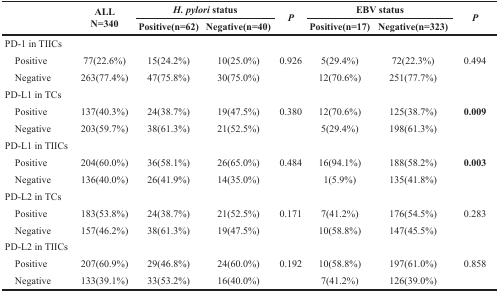
<table><thead><tr><td rowspan="2"></td><td rowspan="2"><b>ALL N=340</b></td><td colspan="2"><b><i>H. pylori status</i></b></td><td rowspan="2"><b><i>P</i></b></td><td colspan="2"><b>EBV status</b></td><td rowspan="2"><b><i>P</i></b></td></tr><tr><td><b>Positive(n=62)</b></td><td><b>Negative(n=40)</b></td><td><b>Positive(n=17)</b></td><td><b>Negative(n=323)</b></td></tr></thead><tbody><tr><td>PD-1 in TIICs</td><td></td><td></td><td></td><td></td><td></td><td></td><td></td></tr><tr><td> Positive</td><td>77(22.6%)</td><td>15(24.2%)</td><td>10(25.0%)</td><td>0.926</td><td>5(29.4%)</td><td>72(22.3%)</td><td>0.494</td></tr><tr><td> Negative</td><td>263(77.4%)</td><td>47(75.8%)</td><td>30(75.0%)</td><td></td><td>12(70.6%)</td><td>251(77.7%)</td><td></td></tr><tr><td>PD-L1 in TCs</td><td></td><td></td><td></td><td></td><td></td><td></td><td></td></tr><tr><td> Positive</td><td>137(40.3%)</td><td>24(38.7%)</td><td>19(47.5%)</td><td>0.380</td><td>12(70.6%)</td><td>125(38.7%)</td><td><b>0.009</b></td></tr><tr><td> Negative</td><td>203(59.7%)</td><td>38(61.3%)</td><td>21(52.5%)</td><td></td><td>5(29.4%)</td><td>198(61.3%)</td><td></td></tr><tr><td>PD-L1 in TIICs</td><td></td><td></td><td></td><td></td><td></td><td></td><td></td></tr><tr><td> Positive</td><td>204(60.0%)</td><td>36(58.1%)</td><td>26(65.0%)</td><td>0.484</td><td>16(94.1%)</td><td>188(58.2%)</td><td><b>0.003</b></td></tr><tr><td> Negative</td><td>136(40.0%)</td><td>26(41.9%)</td><td>14(35.0%)</td><td></td><td>1(5.9%)</td><td>135(41.8%)</td><td></td></tr><tr><td>PD-L2 in TCs</td><td></td><td></td><td></td><td></td><td></td><td></td><td></td></tr><tr><td> Positive</td><td>183(53.8%)</td><td>24(38.7%)</td><td>21(52.5%)</td><td>0.171</td><td>7(41.2%)</td><td>176(54.5%)</td><td>0.283</td></tr><tr><td> Negative</td><td>157(46.2%)</td><td>38(61.3%)</td><td>19(47.5%)</td><td></td><td>10(58.8%)</td><td>147(45.5%)</td><td></td></tr><tr><td>PD-L2 in TIICs</td><td></td><td></td><td></td><td></td><td></td><td></td><td></td></tr><tr><td> Positive</td><td>207(60.9%)</td><td>29(46.8%)</td><td>24(60.0%)</td><td>0.192</td><td>10(58.8%)</td><td>197(61.0%)</td><td>0.858</td></tr><tr><td> Negative</td><td>133(39.1%)</td><td>33(53.2%)</td><td>16(40.0%)</td><td></td><td>7(41.2%)</td><td>126(39.0%)</td><td></td></tr></tbody></table>